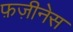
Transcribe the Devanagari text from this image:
फ़ज़ीनेस